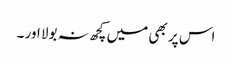
اس پر بھی میں کچھ نہ بولا اور ۔